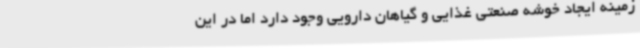
زمینه ایجاد خوشه صنعتی غذایی و گیاهان دارویی وجود دارد اما در این